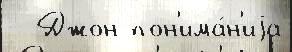
  Джон пон'има́н'иjа